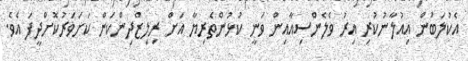
އެކުލަބުން އިއުލާނުކުރި އިރު ވެލެންސިއާއިން ވަނީ ކުޅުންތެރިޔާ އަށް ރިލިޒްދިންކަން ކަށަވަރުކޮށްދީފަ އެވެ.